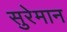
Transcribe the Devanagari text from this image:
सुरेमान